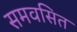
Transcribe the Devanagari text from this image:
समवसित